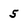
Character: 5